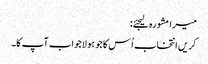
میرا مشورہ لیجئے:
کریں انتخاب اُس کا جو ہو لاجواب آپ کا۔